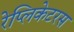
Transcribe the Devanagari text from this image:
रेप्लिकेटरस